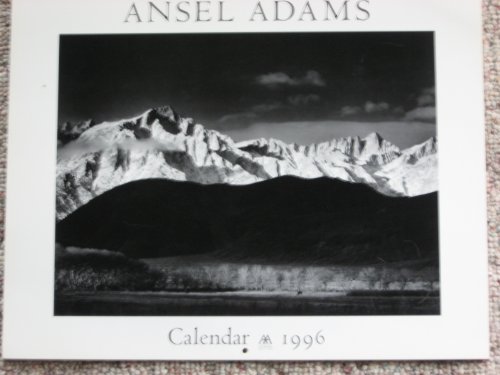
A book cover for Cal 96 Ansel Adams; Ansel Adams; Calendars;